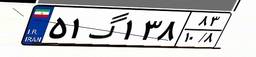
۵۱گ۱۳۸۸۳